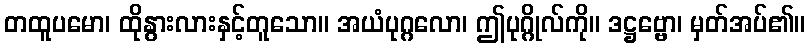
တထူပမော၊ ထိုနွားလားနှင့်တူသော။ အယံပုဂ္ဂလော၊ ဤပုဂ္ဂိုလ်ကို။ ဒဋ္ဌဗ္ဗော၊ မှတ်အပ်၏။